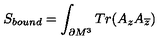
S _ { b o u n d } = \int _ { \partial M ^ { 3 } } T r ( A _ { z } A _ { \overline { { z } } } )